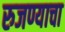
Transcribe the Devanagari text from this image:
रुजण्याचा